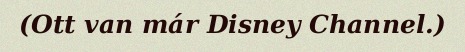
(Ott van már Disney Channel.)